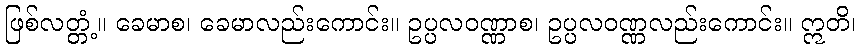
ဖြစ်လတ္တံ့။ ခေမာစ၊ ခေမာလည်းကောင်း။ ဥပ္ပလဝဏ္ဏာစ၊ ဥပ္ပလဝဏ္ဏလည်းကောင်း။ ဣတိ၊